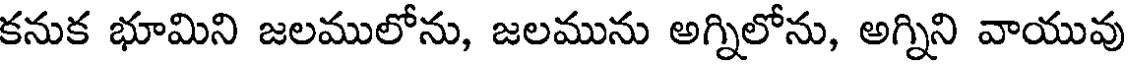
కనుక భూమిని జలములోను, జలమును అగ్నిలోను, అగ్నిని వాయువు